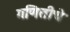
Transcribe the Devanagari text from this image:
गणितीचे